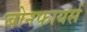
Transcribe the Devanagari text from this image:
बोनफायर्स